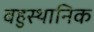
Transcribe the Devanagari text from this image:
बहुस्थानिक